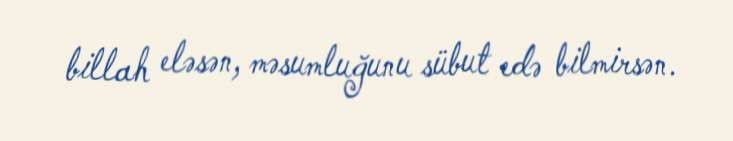
billah eləsən, məsumluğunu sübut edə bilmirsən.